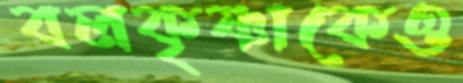
বলকৃষ্ণাকেও